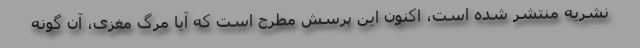
نشریه منتشر شده است، اکنون این پرسش مطرح است که آیا مرگ مغزی، آن گونه